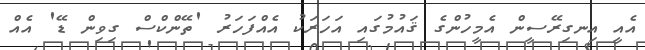
އެއީ އިނގިރޭސީން އެމީހުންގެ ޤައުމުގައި އަހަރަކު އެއްފަހަރު 'ތޭންކްސް ގިވިން ޑޭ' އެއް